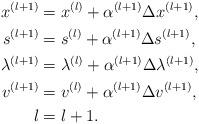
LaTeX: \begin{align*}x^{(l+1)} &= x^{(l)} + \alpha^{(l+1)}\Delta x^{(l+1)},\\s^{(l+1)} &= s^{(l)} + \alpha^{(l+1)}\Delta s^{(l+1)},\\\lambda^{(l+1)}& = \lambda^{(l)} + \alpha^{(l+1)}\Delta \lambda^{(l+1)},\\v^{(l+1)} &= v^{(l)} + \alpha^{(l+1)}\Delta v^{(l+1)},\\l &= l + 1.\end{align*}